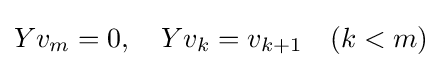
Yv_{m}=0,\quad Yv_{k}=v_{k+1}\quad (k<m)